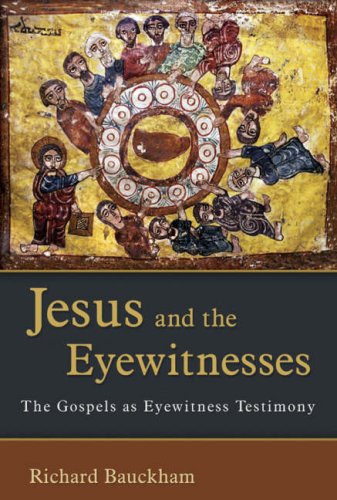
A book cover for Jesus and the Eyewitnesses: The Gospels as Eyewitness Testimony; Richard Bauckham; Christian Books & Bibles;